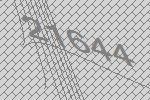
21644